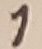
Text: 1